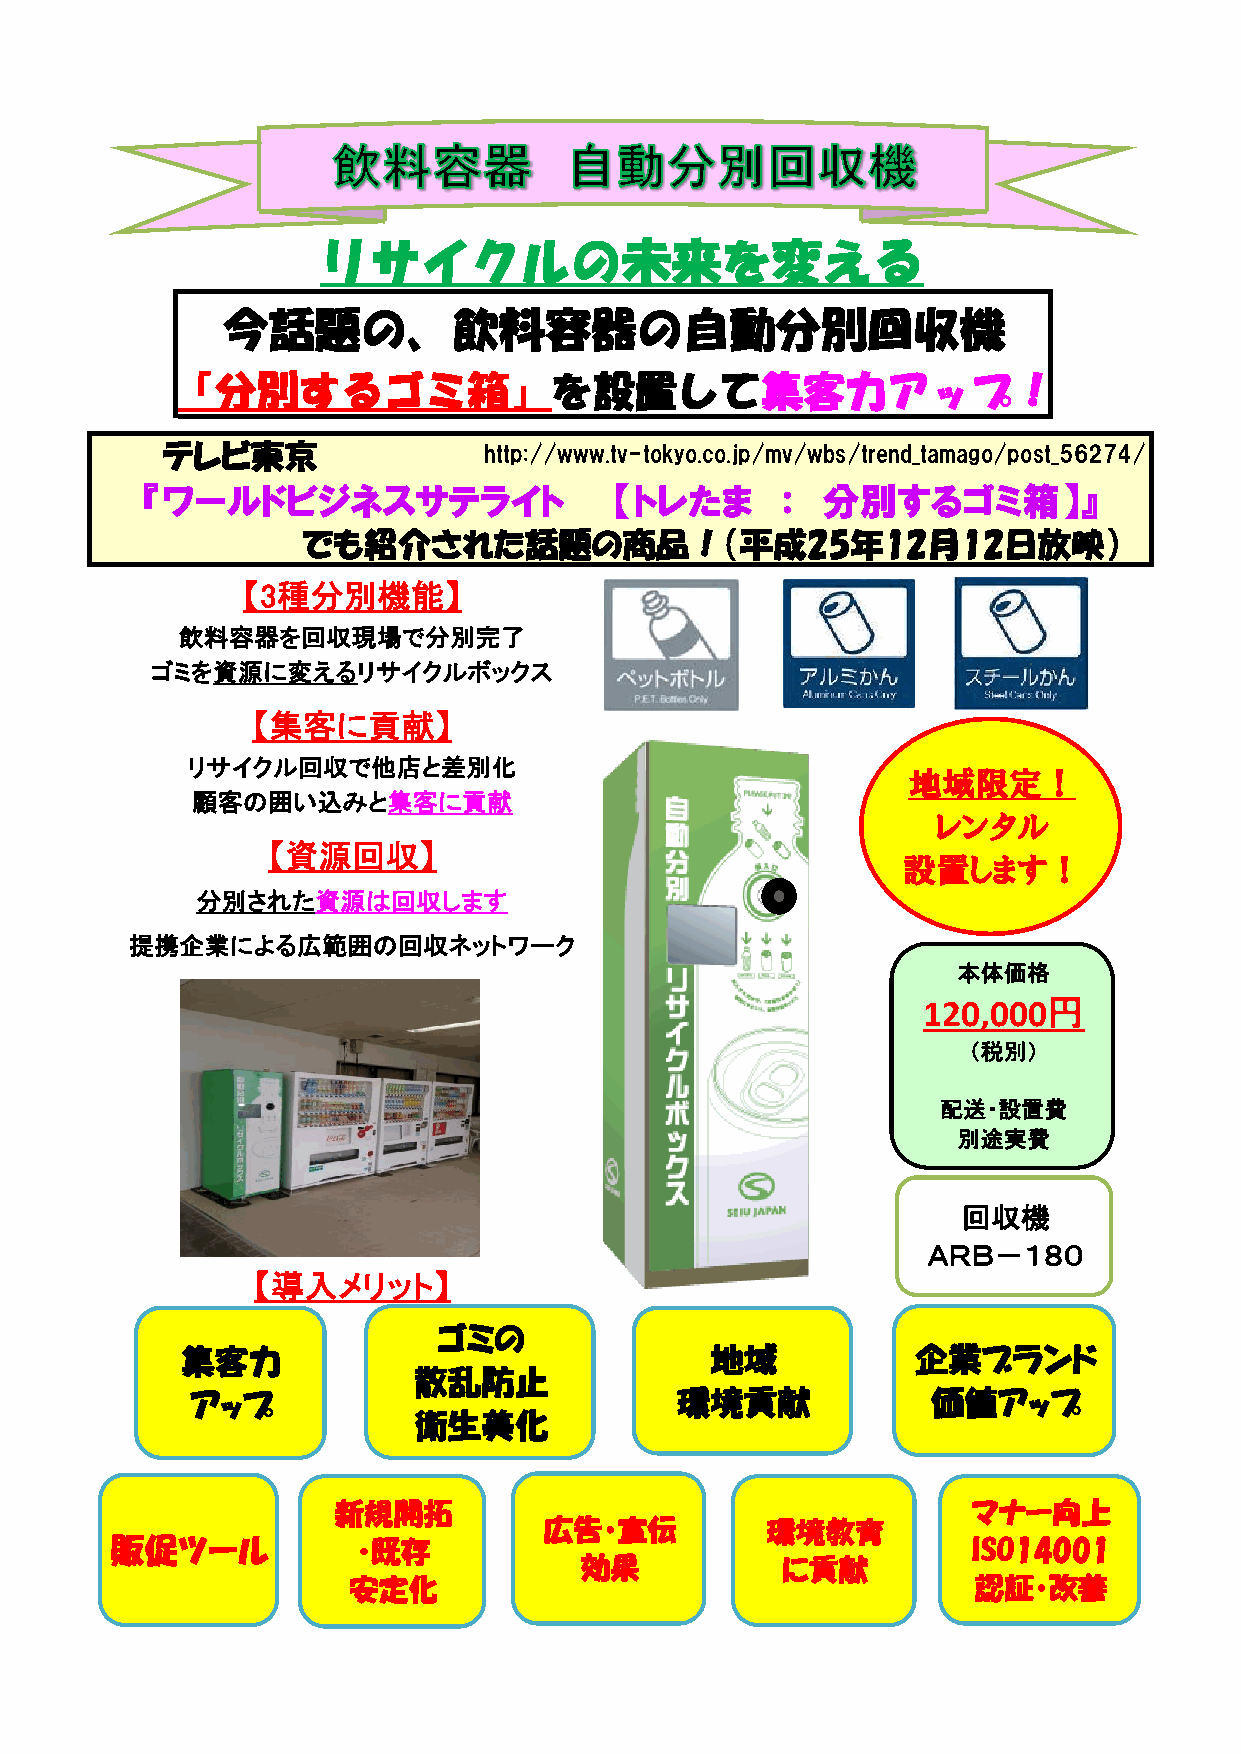
リサイクルの未来を変える
 今話題の、飲料容器の自動分別回収機
 『分別するゴミ箱』を設置して集客力アップ！
 テレビ東京                http://www.tv-tokyo.co.jp/mv/wbs/trend_tamago/post_56274/
 『ワールドビジネスサテライト                 【トレたま     ：  分別するゴミ箱】』
 でも紹介された話題の商品！（平成25年12月12日放映）
 【3種分別機能】
 飲料容器を回収現場で分別完了
 ゴミを資源に変えるリサイクルボックス
 【集客に貢献】
 リサイクル回収で他店と差別化
 地域限定！
 顧客の囲い込みと集客に貢献
 レンタル
 【資源回収】
 設置します！
 分別された資源は回収します
 提携企業による広範囲の回収ネットワーク
 本体価格
 120,000円
 （税別）
 配送・設置費
 別途実費
 回収機
 ＡＲＢ－１８０
 【導入メリット】
 ゴミの
 集客力                                地域            企業ブランド
 散乱防止
 アップ                             環境貢献             価値アップ
 衛生美化
 新規開拓                                      マナー向上
 広告・宣伝          環境教育
 販促ツール            ・既存                                     ISO14001
 効果            に貢献
 安定化                                      認証・改善